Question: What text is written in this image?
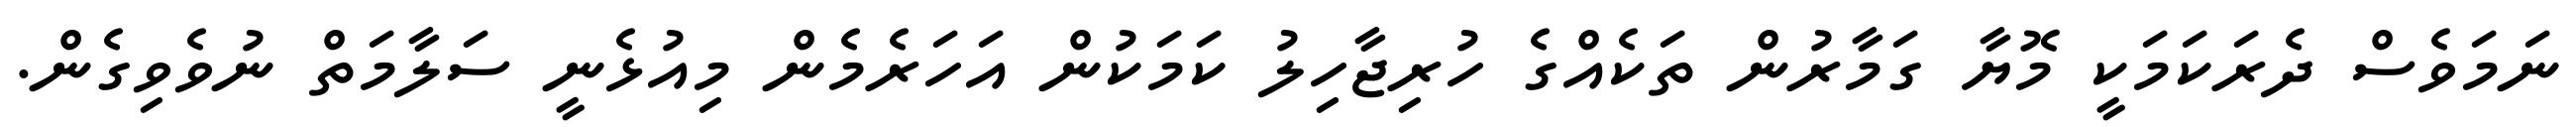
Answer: ނަމަވެސް ދެރަކަމަކީ މޮޔާ ގަމާރުން ތަކެއްގެ ހުރިޖާހިލު ކަމަކުން އަހަރެމެން މިއުޅެނީ ސަލާމަތް ނުވެވިގެން.